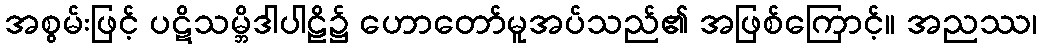
အစွမ်းဖြင့် ပဋိသမ္ဘိဒါပါဠိ၌ ဟောတော်မူအပ်သည်၏ အဖြစ်ကြောင့်။ အညဿ၊